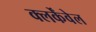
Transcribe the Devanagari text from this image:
क्लर्केंवेल